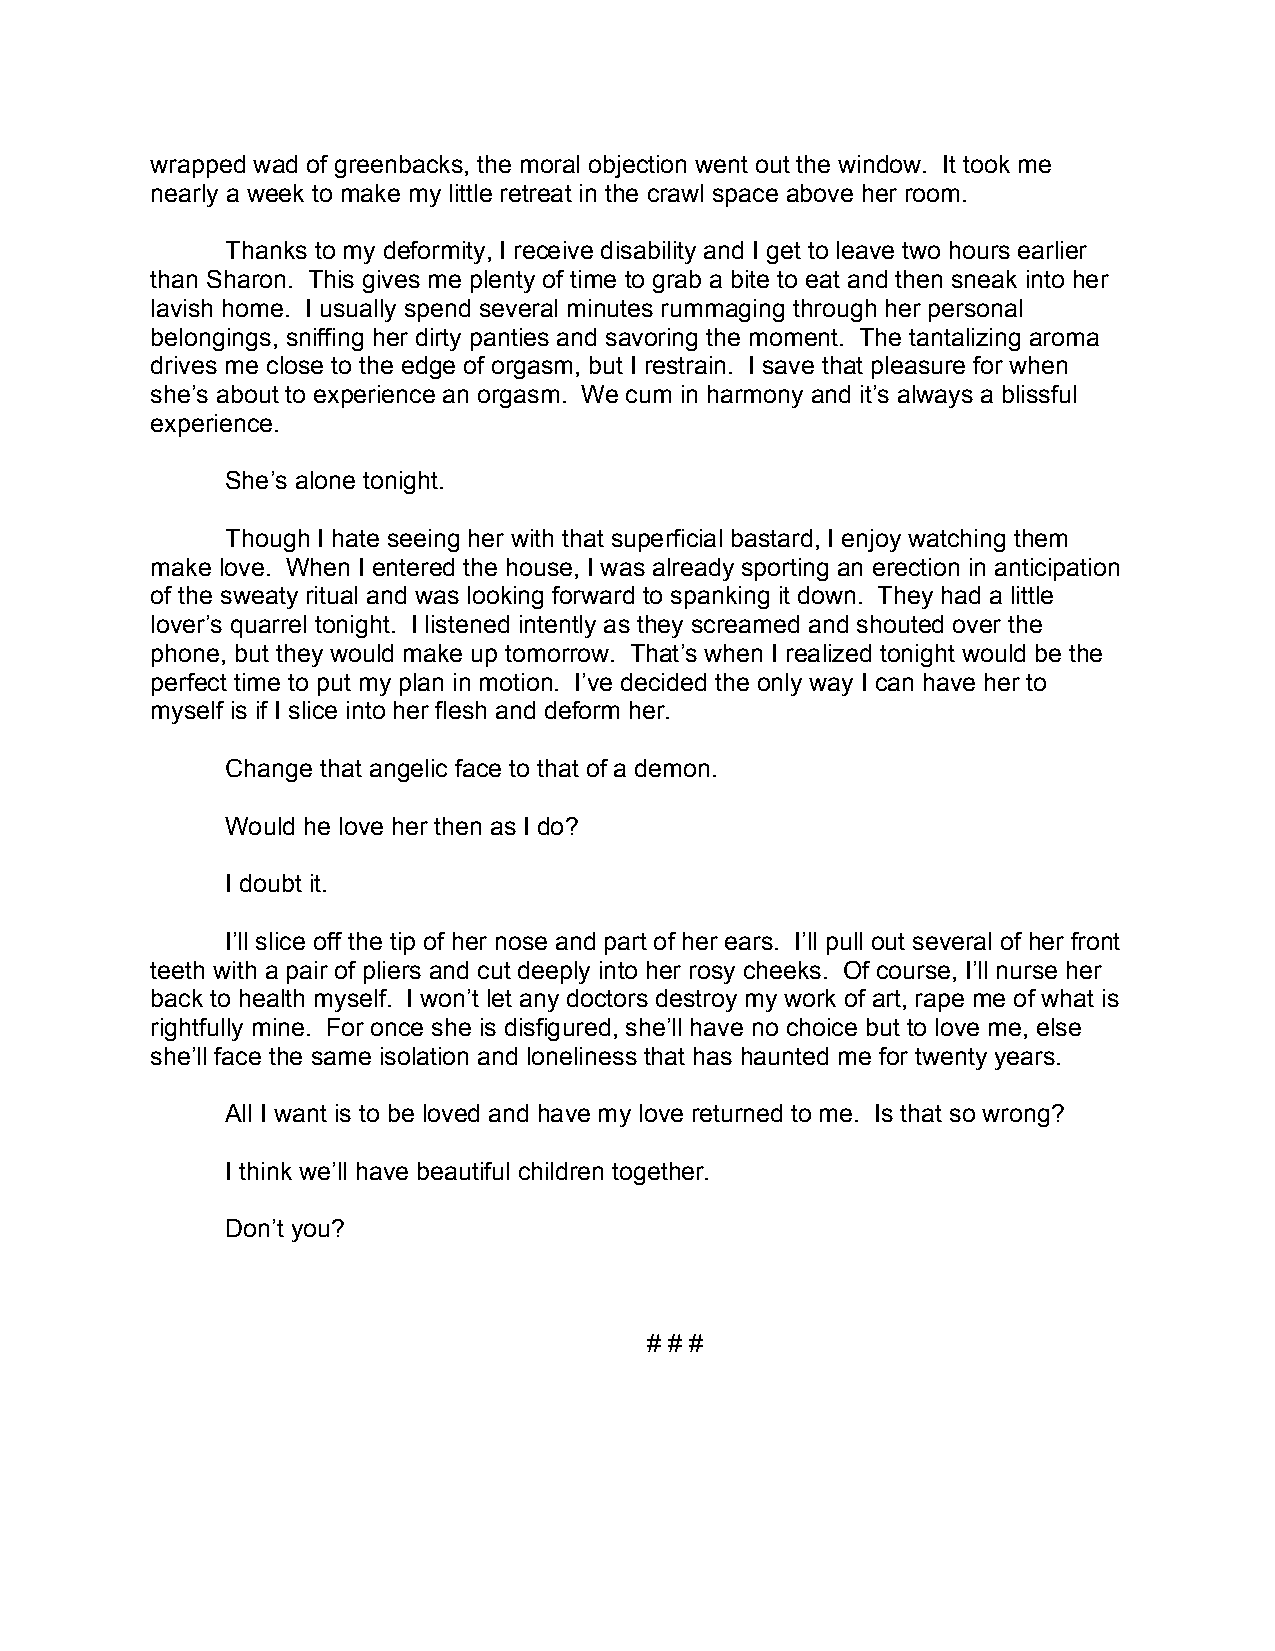
wrapped wad of greenbacks, the moral objection went out the window. It took me
 nearly a week to make my little retreat in the crawl space above her room.
 Thanks to my deformity, I receive disability and I get to leave two hours earlier
 than Sharon. This gives me plenty of time to grab a bite to eat and then sneak into her
 lavish home. I usually spend several minutes rummaging through her personal
 belongings, sniffing her dirty panties and savoring the moment. The tantalizing aroma
 drives me close to the edge of orgasm, but I restrain. I save that pleasure for when
 she’s about to experience an orgasm. We cum in harmony and it’s always a blissful
 experience.
 She’s alone tonight.
 Though I hate seeing her with that superficial bastard, I enjoy watching them
 make love. When I entered the house, I was already sporting an erection in anticipation
 of the sweaty ritual and was looking forward to spanking it down. They had a little
 lover’s quarrel tonight. I listened intently as they screamed and shouted over the
 phone, but they would make up tomorrow. That’s when I realized tonight would be the
 perfect time to put my plan in motion. I’ve decided the only way I can have her to
 myself is if I slice into her flesh and deform her.
 Change that angelic face to that of a demon.
 Would he love her then as I do?
 I doubt it.
 I’ll slice off the tip of her nose and part of her ears. I’ll pull out several of her front
 teeth with a pair of pliers and cut deeply into her rosy cheeks. Of course, I’ll nurse her
 back to health myself. I won’t let any doctors destroy my work of art, rape me of what is
 rightfully mine. For once she is disfigured, she’ll have no choice but to love me, else
 she’ll face the same isolation and loneliness that has haunted me for twenty years.
 All I want is to be loved and have my love returned to me. Is that so wrong?
 I think we’ll have beautiful children together.
 Don’t you?
 # # #